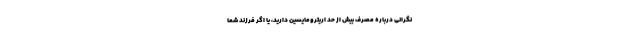
نگرانی درباره مصرف بیش از حد اریترومایسین دارید، یا اگر فرزند شما